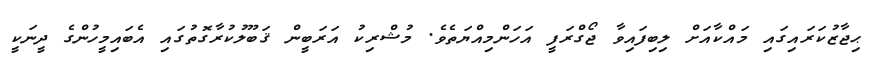
ޙިޖާޒުކަރައިގައި މައްކާއަށް ލިބިފައިވާ ޖޯގްރަފީ އަހަންމިއްޔަތެވެ. މުޝްރިކު އަރަބީން ޤަބޫލުކުރާގޮތުގައި އެބައިމީހުންގެ ދީނަކީ